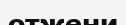
отжени